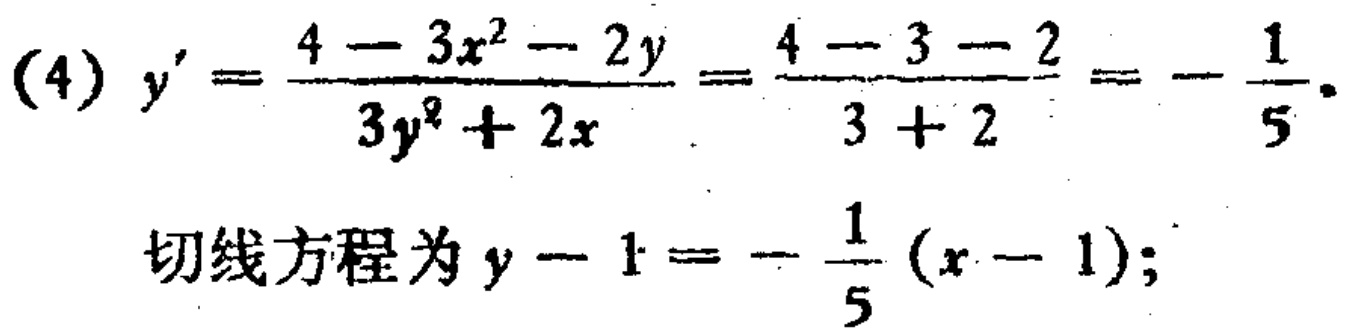
(4) \(y'=\frac{4 - 3x^{2}-2y}{3y^{2}+2x}=\frac{4 - 3 - 2}{3 + 2}=-\frac{1}{5}\).
切线方程为 \(y - 1=-\frac{1}{5}(x - 1)\);